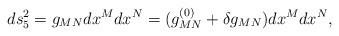
LaTeX: \begin{align*}ds_5^2 = g_{MN}dx^Mdx^N = (g_{MN}^{(0)} + \delta g_{MN})dx^Mdx^N,\end{align*}